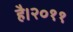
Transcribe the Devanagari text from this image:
है।२०११